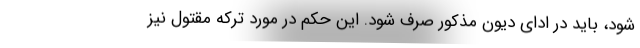
شود، باید در ادای دیون مذکور صرف شود. این حکم در مورد ترکه مقتول نیز